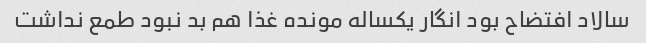
سالاد افتضاح بود انگار یکساله مونده غذا هم بد نبود طمع نداشت